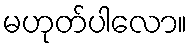
မဟုတ်ပါလော။